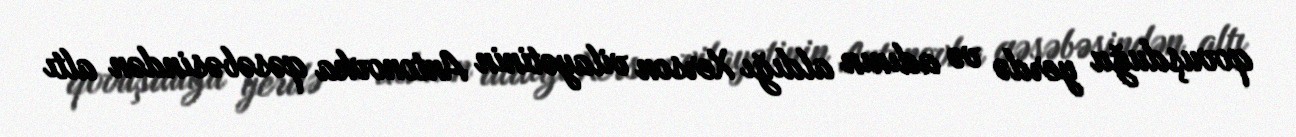
qovuşduğu yerdə və adının aldığı Xerson vilayətinin Antonovka qəsəbəsindən altı